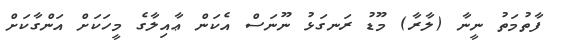
ފާތުމަތު ނީނާ (ލާރާ) މޫޑު ރަނގަޅު ނޫނަސް އެކަން ޢާއިލާގެ މީހަކަށް އަންގާކަށް